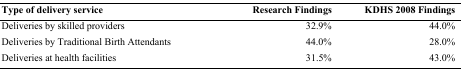
<table><thead><tr><td><b>Type of delivery service</b></td><td><b>Research Findings</b></td><td><b>KDHS 2008 Findings</b></td></tr></thead><tbody><tr><td>Deliveries by skilled providers</td><td>32.9%</td><td>44.0%</td></tr><tr><td>Deliveries by Traditional Birth Attendants</td><td>44.0%</td><td>28.0%</td></tr><tr><td>Deliveries at health facilities</td><td>31.5%</td><td>43.0%</td></tr></tbody></table>